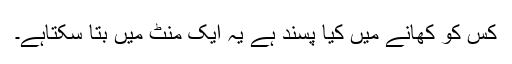
کس کو کھانے میں کیا پسند ہے یہ ایک منٹ میں بتا سکتاہے۔